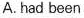
A. had been